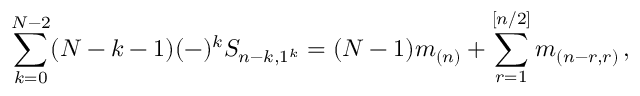
\sum _ { k = 0 } ^ { N - 2 } ( N - k - 1 ) ( - ) ^ { k } S _ { n - k , 1 ^ { k } } = ( N - 1 ) m _ { ( n ) } + \sum _ { r = 1 } ^ { [ n / 2 ] } m _ { ( n - r , r ) } \, , \nonumber